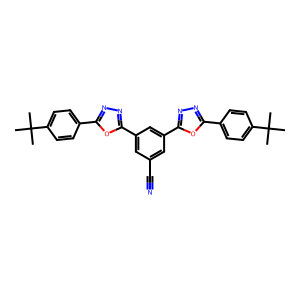
SMILES: CC(C)(C)c1ccc(-c2nnc(-c3cc(C#N)cc(-c4nnc(-c5ccc(C(C)(C)C)cc5)o4)c3)o2)cc1
Inhibits HIV replication: No